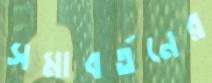
সমাবর্তনের